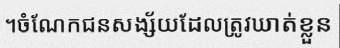
។ចំណែកជនសង្ស័យដែលត្រូវឃាត់ខ្លួន